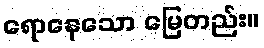
ရောနေသော မြေတည်း။